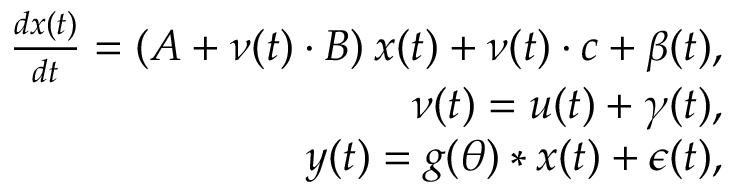
\begin{array} { r } { \frac { d \boldsymbol { x } ( t ) } { d t } = ( \boldsymbol { A } + \nu ( t ) \cdot \boldsymbol { B } ) \: \boldsymbol { x } ( t ) + \nu ( t ) \cdot \boldsymbol { c } + \boldsymbol { \beta } ( t ) , } \\ { \nu ( t ) = u ( t ) + \gamma ( t ) , } \\ { \boldsymbol { y } ( t ) = g ( \theta ) * \boldsymbol { x } ( t ) + \boldsymbol { \epsilon } ( t ) , } \end{array}